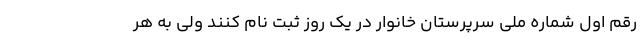
رقم اول شماره ملی سرپرستان خانوار در یک روز ثبت نام کنند ولی به هر